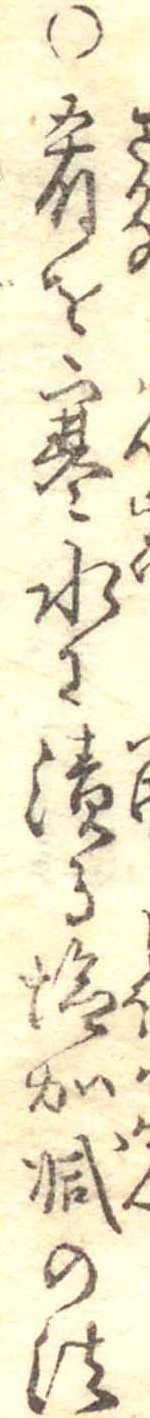
○肴を寒水に漬る塩加減の法